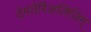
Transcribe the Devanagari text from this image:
देमतेरिअलिज़िग्